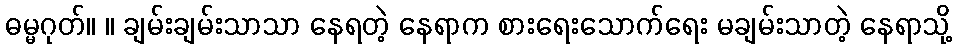
ဓမ္မဂုတ်။ ။ ချမ်းချမ်းသာသာ နေရတဲ့ နေရာက စားရေးသောက်ရေး မချမ်းသာတဲ့ နေရာသို့